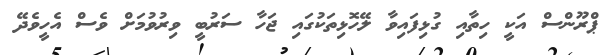
ޕްރޫންސް އަކީ ހިތާއި ގުޅިފައިވާ ލޭހޮޅިތަކުގައި ޖަހާ ސަރުބީ ވިރުވުމަށް ވެސް އެހީވެދޭ